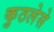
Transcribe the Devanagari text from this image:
कुठलेसे